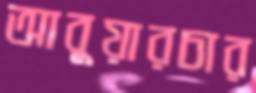
আবুয়ারচার